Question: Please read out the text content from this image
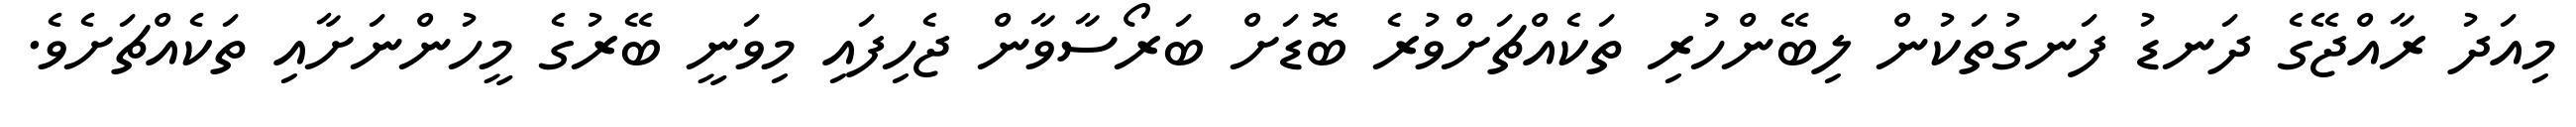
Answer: މިއަދު ރާއްޖޭގެ ދަނޑު ފަނގުތަކުން ލިބޭންހުރި ތަކެއްޗަށްވުރެ ބޮޑަށް ބަރޯސާވާން ޖެހިފައި މިވަނީ ބޭރުގެ މީހުންނަށާއި ތަކެއްޗަށެވެ.